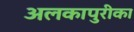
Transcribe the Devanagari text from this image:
अलकापुरीका